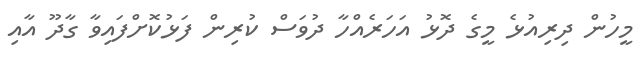
މީހުން ދިރިއުޅެ މީގެ ދޮޅު އަހަރެއްހާ ދުވަސް ކުރިން ފަޅުކޮށްފައިވާ ގާދޫ އާއި